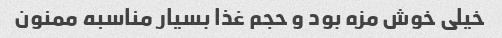
خیلی خوش مزه بود و حجم غذا بسیار مناسبه ممنون